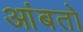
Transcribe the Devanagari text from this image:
आंबतो